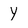
Character: Y